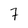
Character: 7